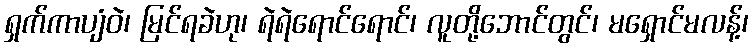
ရှက်ကာပျံဝဲ၊ မြင်ရခဲဟု၊ ရဲရဲရောင်ရောင်၊ လူတို့ဘောင်တွင်၊ မရှောင်မလန့်၊